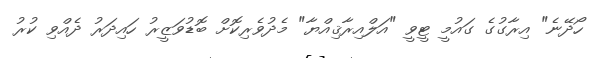
ހޯދޭނެ" އިރާގުގެ ގައުމީ ޓީވީ "އަލްއިރާޤިއްޔާ" މެދުވެރިކޮށް ބޮޑުވަޒީރު ހައިދަރު ދެއްވި ކުރު